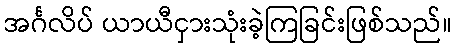
အင်္ဂလိပ် ယာယီငှားသုံးခဲ့ကြခြင်းဖြစ်သည်။